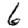
Digit: 6